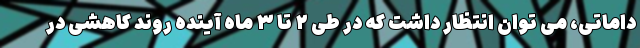
داماتی، می توان انتظار داشت که در طی ۲ تا ۳ ماه آینده روند کاهشی در